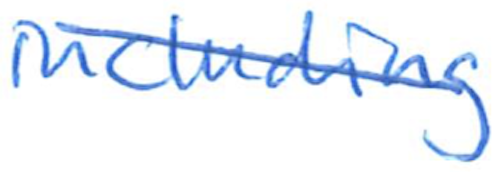
Text: including
Cross-out: diagonal
Writing tool: ballpoint